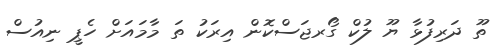
ތޫ ދަރިފުޅާ ޔޫ ލުކް ގޯރޖަސްކޮން އިރަކު ތަ މާމައަށް ހެޕީ ނިއުސް